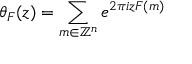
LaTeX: \theta _ { F } ( z ) = \sum _ { m \in \mathbb { Z } ^ { n } } e ^ { 2 \pi i z F ( m ) }